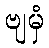
ဗျမှံ